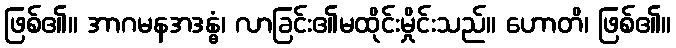
ဖြစ်၏။ အာဂမနအဒန္ဓံ၊ လာခြင်း၏မထိုင်းမှိုင်းသည်။ ဟောတိ၊ ဖြစ်၏။